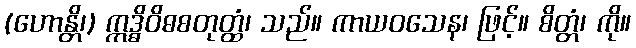
(ဟောန္တိ၊) ဣဒ္ဓိဝိဓစတုတ္ထံ၊ သည်။ ကာယဝသေန၊ ဖြင့်။ စိတ္တံ၊ ကို။